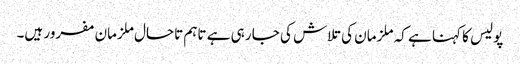
پولیس کا کہنا ہے کہ ملزمان کی تلاش کی جا رہی ہے تاہم تاحال ملزمان مفرور ہیں۔